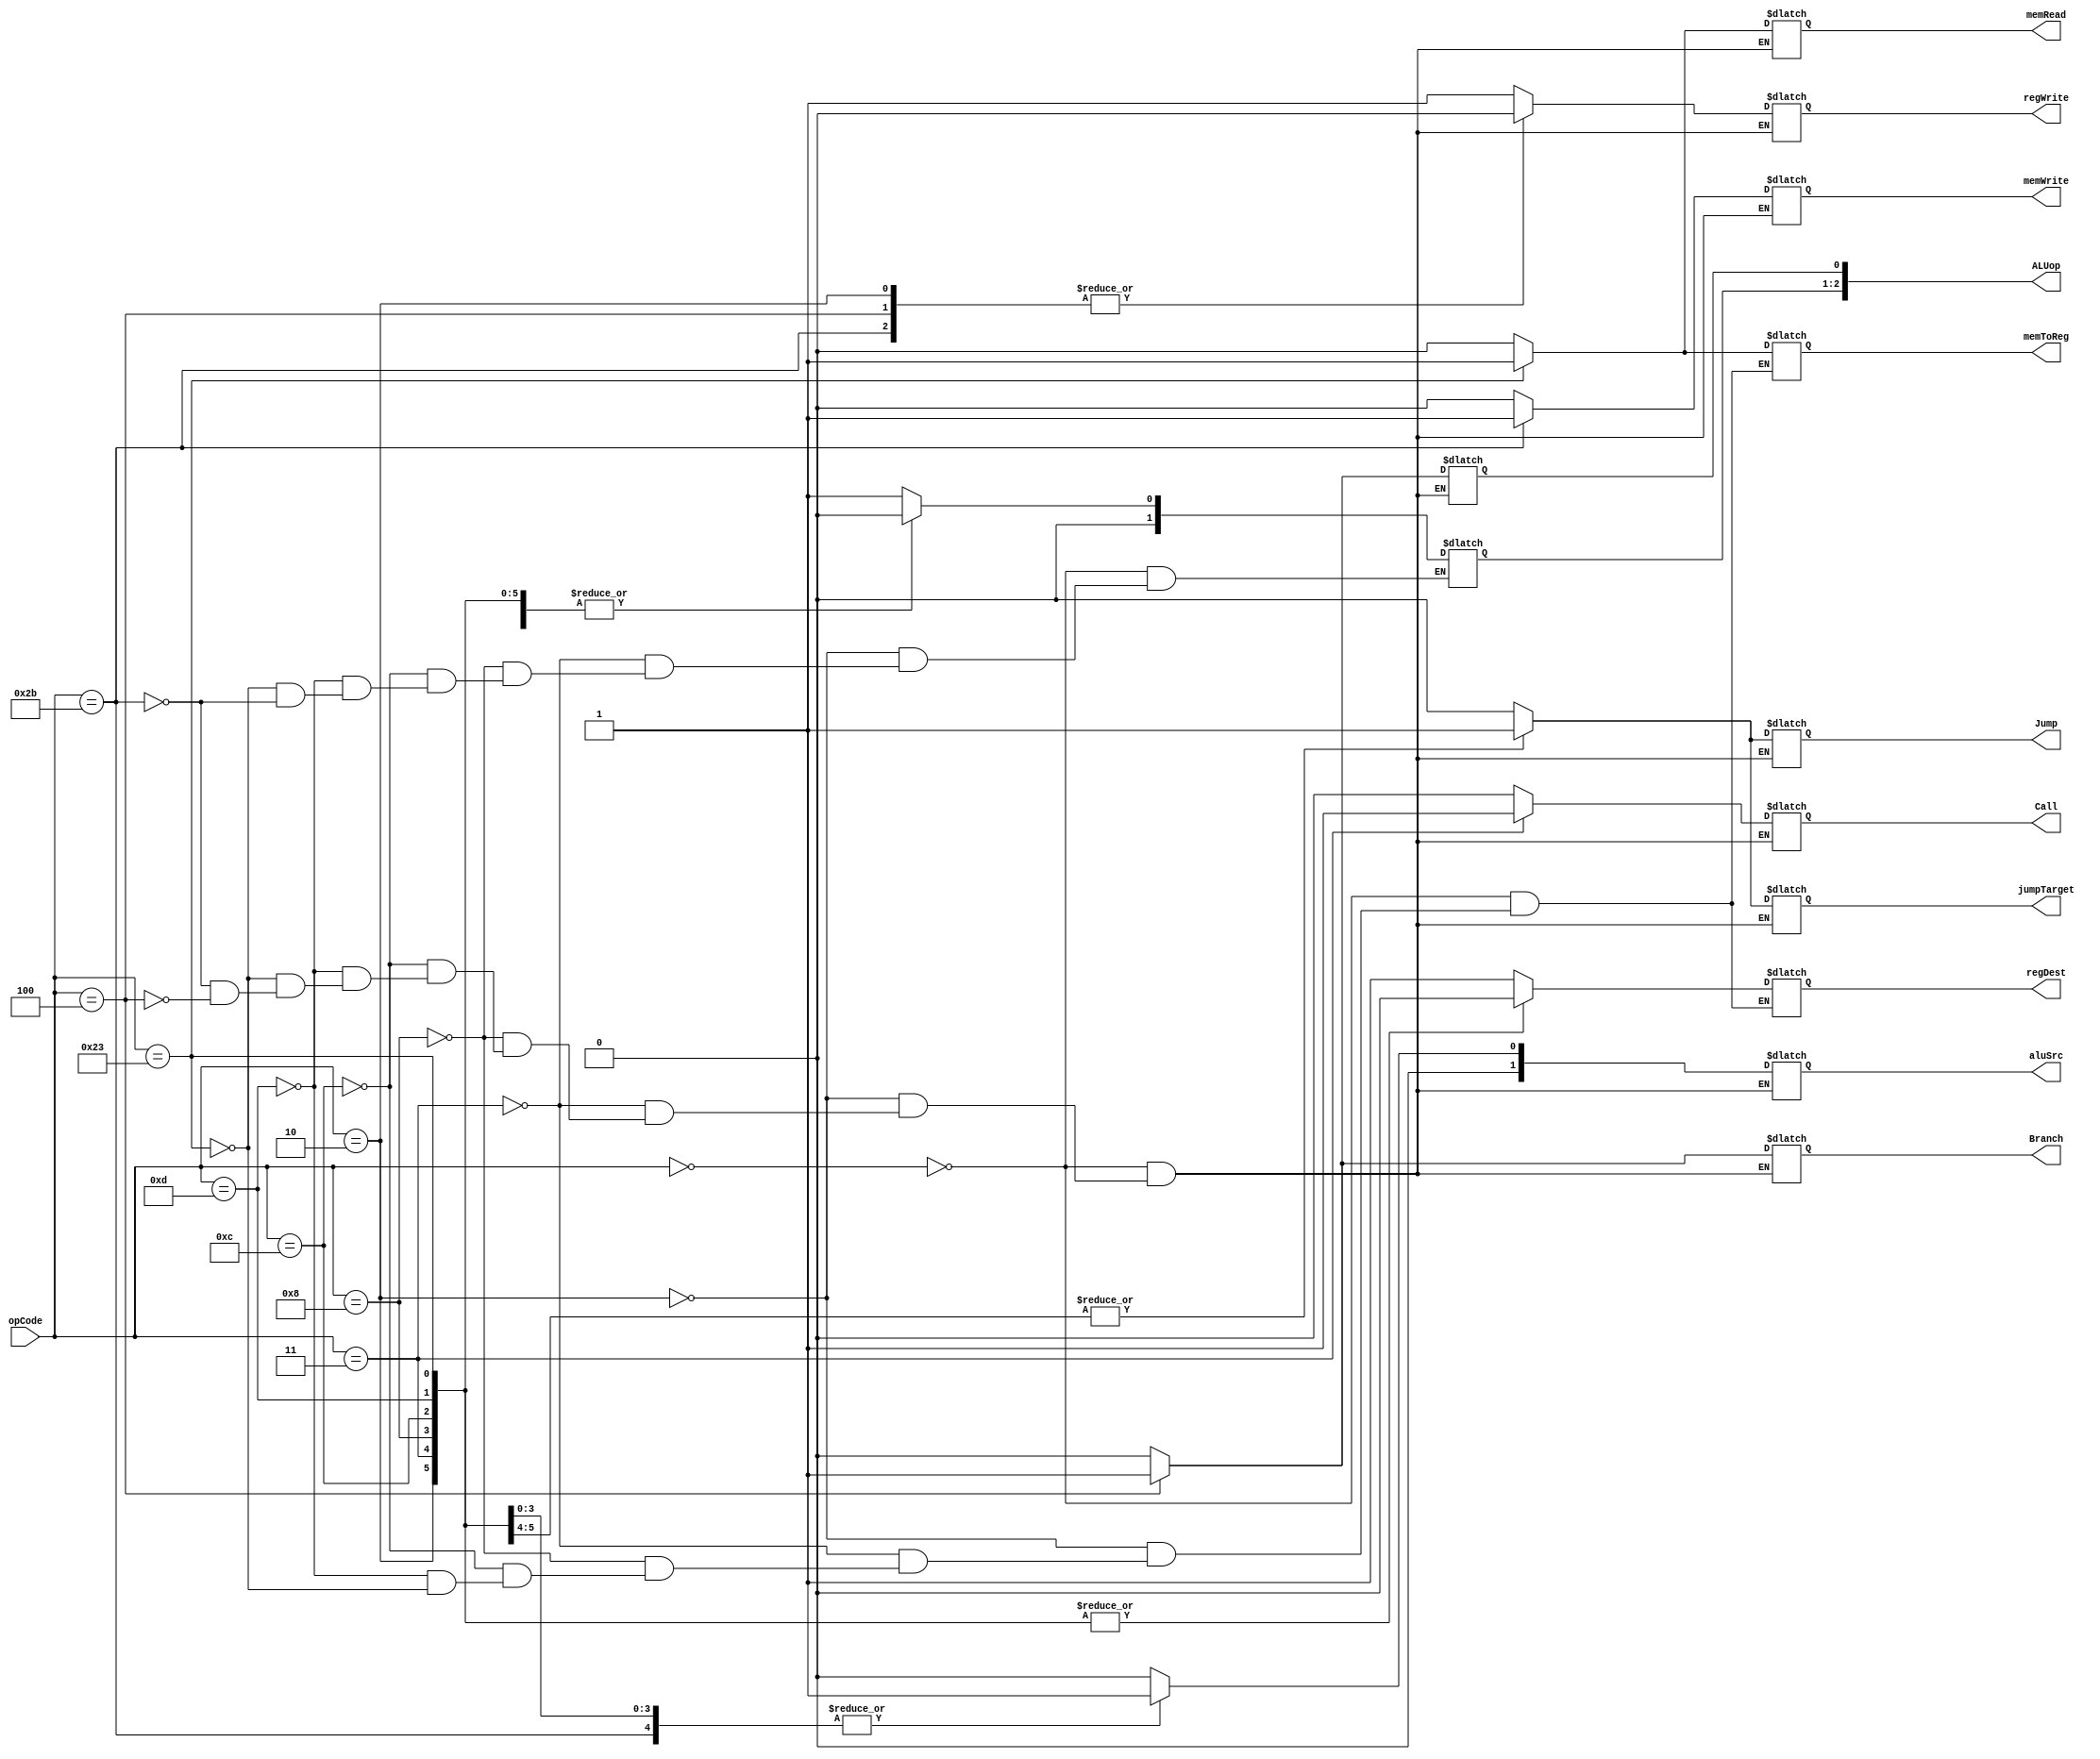
`timescale 1ns / 1ps
//////////////////////////////////////////////////////////////////////////////////
// Company: 
// Engineer: 
// 
// Design Name: 
// Module Name: Ctr
// Project Name: 
// Target Devices: 
// Tool Versions: 
// Description: 
// 
// Dependencies: 
// 
// Revision:
// Revision 0.01 - File Created
// Additional Comments:
// 
//////////////////////////////////////////////////////////////////////////////////


module Ctr(
    input [5:0] opCode,
    //output reg regWrite,//wb
    //output reg Branch,//m
    //output reg [4:0] ex// D4:ALUSrc D3-D1:ALUOp D0:RegDst

    output reg regDest,
    output reg [1:0] aluSrc,
    output reg memToReg,
    output reg regWrite,
    output reg memRead,
    output reg memWrite,
    output reg Branch,
    output reg [2:0] ALUop,
    output reg Jump,
    output reg jumpTarget,
    output reg Call
    );
    always @(opCode)
    begin
        case(opCode)
            6'b000000://add,sub,and,or,slt,jr
            begin
                regDest=1;
                aluSrc=0;
                memToReg=0;
                regWrite=1;
                memRead=0;
                memWrite=0;
                Branch=0;
                Jump=0;
                jumpTarget=0;
                Call=0;
                ALUop=3'b010;
                /*regWrite=1;
                Branch=0;
                ex=5'b00101;*/

            end
            6'b000010://jump
            begin
                regDest=0;
                aluSrc=0;
                memToReg=0;
                regWrite=0;
                memRead=0;
                memWrite=0;
                Branch=0;
                Jump=1;
                jumpTarget=1;
                Call=0;
                ALUop=3'b000;
            end
            6'b000011://jal
            begin
                regDest=0;
                aluSrc=0;
                memToReg=0;
                regWrite=1;
                memRead=0;
                memWrite=0;
                Branch=0;
                Jump=1;
                jumpTarget=1;
                Call=1;
                ALUop=3'b000;
            end
            6'b001000://addi
            begin
                regDest=0;
                aluSrc=1;
                memToReg=0;
                regWrite=1;
                memRead=0;
                memWrite=0;
                Branch=0;
                Jump=0;
                jumpTarget=0;
                Call=0;
                ALUop=3'b000;
            end
            6'b001100://andi
            begin
                regDest=0;
                aluSrc=1;
                memToReg=0;
                regWrite=1;
                memRead=0;
                memWrite=0;
                Branch=0;
                Jump=0;
                jumpTarget=0;
                Call=0;
                ALUop=3'b000;
            end
            6'b001101://ori
            begin
                regDest=0;
                aluSrc=1;
                memToReg=0;
                regWrite=1;
                memRead=0;
                memWrite=0;
                Branch=0;
                Jump=0;
                jumpTarget=0;
                Call=0;
                ALUop=3'b000;
            end
            6'b100011://lw
            begin
                regDest=0;
                aluSrc=1;
                memToReg=1;
                regWrite=1;
                memRead=1;
                memWrite=0;
                Branch=0;
                Jump=0;
                jumpTarget=0;
                Call=0;
                ALUop=3'b000;
            end
            6'b101011://sw
            begin
                aluSrc=1;
                regWrite=0;
                memRead=0;
                memWrite=1;
                Branch=0;
                Jump=0;
                jumpTarget=0;
                Call=0;
                ALUop=3'b000;
            end
            6'b000100://beq
            begin
                aluSrc=0;
                regWrite=0;
                memRead=0;
                memWrite=0;
                Branch=1;
                Jump=0;
                jumpTarget=0;
                Call=0;
                ALUop[0]=3'b001;
                /*regWrite=0;
                Branch=1;
                ex=5'b00010;*/
            end
            
            
        endcase
    end
endmodule